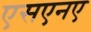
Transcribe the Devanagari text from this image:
एसएनए